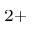
^ { 2 + }